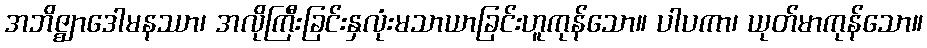
အဘိဇ္ဈာဒေါမနဿာ၊ အလိုကြီးခြင်းနှလုံးမသာယာခြင်းဟူကုန်သော။ ပါပကာ၊ ယုတ်မာကုန်သော။